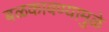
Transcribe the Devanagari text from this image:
बळकावण्यामुळे